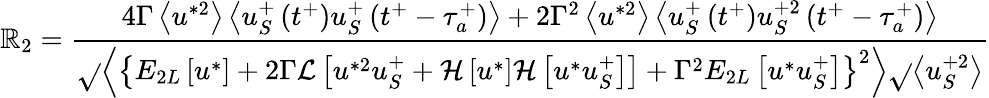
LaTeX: \mathbb{R}_{2}=\frac{{4\Gamma\left<u^{*2}\right>\left<u_{S}^{+}\left(t^{+}\right)u_{S}^{+}\left(t^{+}-\tau_{a}^{+}\right)\right>+2\Gamma^{2}\left<u^{*2}\right>\left<u_{S}^{+}\left(t^{+}\right)u_{S}^{+2}\left(t^{+}-\tau_{a}^{+}\right)\right>}}{{\sqrt{}{{\left<\left\{ E_{2L}\left[u^{*}\right]+2\Gamma\mathcal{{L}}\left[u^{*2}u_{S}^{+}+\mathcal{{H}}\left[u^{*}\right]\mathcal{{H}}\left[u^{*}u_{S}^{+}\right]\right]+\Gamma^{2}E_{2L}\left[u^{*}u_{S}^{+}\right]\right\} ^{2}\right>}}\sqrt{}{{\left<u_{S}^{+2}\right>}}}}